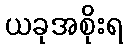
ယခုအစိုးရ